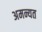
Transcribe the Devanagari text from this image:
अमन्यत